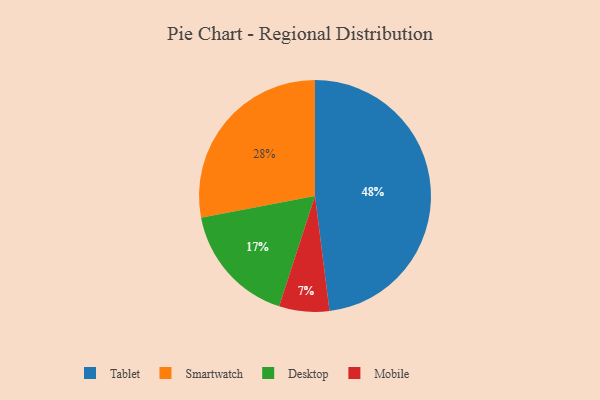
{"axis": {"x": "Category", "y": "Percentage"}, "legend": ["Desktop", "Mobile", "Smartwatch", "Tablet"], "data": [{"x": "Desktop", "y": 17, "type": "Desktop"}, {"x": "Tablet", "y": 48, "type": "Tablet"}, {"x": "Smartwatch", "y": 28, "type": "Smartwatch"}, {"x": "Mobile", "y": 7, "type": "Mobile"}]}